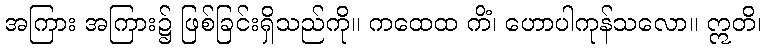
အကြား အကြား၌ ဖြစ်ခြင်းရှိသည်ကို။ ကထေထ ကိံ၊ ဟောပါကုန်သလော။ ဣတိ၊